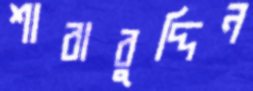
শাবাবুদ্দিন